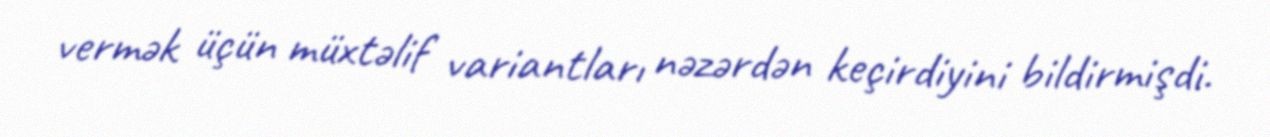
vermək üçün müxtəlif variantları nəzərdən keçirdiyini bildirmişdi.